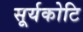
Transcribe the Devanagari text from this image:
सूर्यकोटि